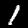
Digit: 1